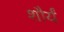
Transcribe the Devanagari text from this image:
शौर्यं